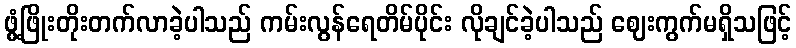
ဖွံ့ဖြိုးတိုးတက်လာခဲ့ပါသည် ကမ်းလွန်ရေတိမ်ပိုင်း လိုချင်ခဲ့ပါသည် ဈေးကွက်မရှိသဖြင့်